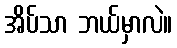
အိပ်သာ ဘယ်မှာလဲ။